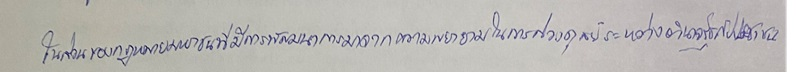
ในส่วนของกฎหมายมหาชนที่มีพัฒนาการมาจากความพยายามในการถ่วงดุลย์ระหว่างอำนาจของรัฐกับประชาชน